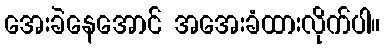
အေးခဲနေအောင် အအေးခံထားလိုက်ပါ။